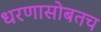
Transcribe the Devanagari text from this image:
धरणासोबतच